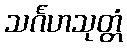
သင်္ဂဟသုတ္တံ